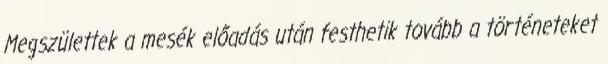
Megszülettek a mesék előadás után festhetik tovább a történeteket